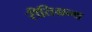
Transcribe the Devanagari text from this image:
रीतिग्रन्थ